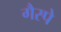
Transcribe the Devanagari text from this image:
गैस्पे